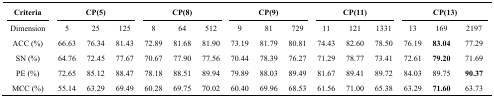
<table><thead><tr><td><b>Criteria</b></td><td colspan="3"><b>CP(5)</b></td><td colspan="3"><b>CP(8)</b></td><td colspan="3"><b>CP(9)</b></td><td colspan="3"><b>CP(11)</b></td><td colspan="3"><b>CP(13)</b></td></tr></thead><tbody><tr><td>Dimension</td><td>5</td><td>25</td><td>125</td><td>8</td><td>64</td><td>512</td><td>9</td><td>81</td><td>729</td><td>11</td><td>121</td><td>1331</td><td>13</td><td>169</td><td>2197</td></tr><tr><td>ACC (%)</td><td>66.63</td><td>76.34</td><td>81.43</td><td>72.89</td><td>81.68</td><td>81.90</td><td>73.19</td><td>81.79</td><td>80.81</td><td>74.43</td><td>82.60</td><td>78.50</td><td>76.19</td><td><b>83.04</b></td><td>77.29</td></tr><tr><td>SN (%)</td><td>64.76</td><td>72.45</td><td>77.67</td><td>70.67</td><td>77.90</td><td>77.56</td><td>70.44</td><td>78.39</td><td>76.27</td><td>71.29</td><td>78.77</td><td>73.41</td><td>72.61</td><td><b>79.20</b></td><td>71.69</td></tr><tr><td>PE (%)</td><td>72.65</td><td>85.12</td><td>88.47</td><td>78.18</td><td>88.51</td><td>89.94</td><td>79.89</td><td>88.03</td><td>89.49</td><td>81.67</td><td>89.41</td><td>89.72</td><td>84.03</td><td>89.75</td><td><b>90.37</b></td></tr><tr><td>MCC (%)</td><td>55.14</td><td>63.29</td><td>69.49</td><td>60.28</td><td>69.75</td><td>70.02</td><td>60.40</td><td>69.96</td><td>68.53</td><td>61.56</td><td>71.00</td><td>65.38</td><td>63.29</td><td><b>71.60</b></td><td>63.73</td></tr></tbody></table>